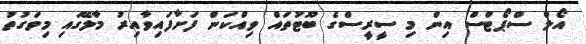
އޯލް ސްޕޯޓްސް އިން މި ސީރީސްގެ ބޫޓުތައް ވިއްކަން ފަށާފައިވާއިރު މާލޭގައި މިވަގުތު